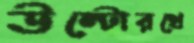
উল্টোরথে